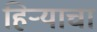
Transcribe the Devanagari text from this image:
हिर्‍याचा